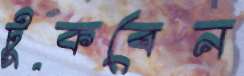
টুকবেন